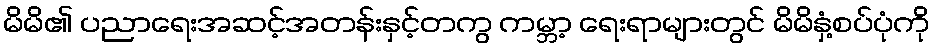
မိမိ၏ ပညာရေးအဆင့်အတန်းနှင့်တကွ ကမ္ဘာ့ ရေးရာများတွင် မိမိနှံ့စပ်ပုံကို